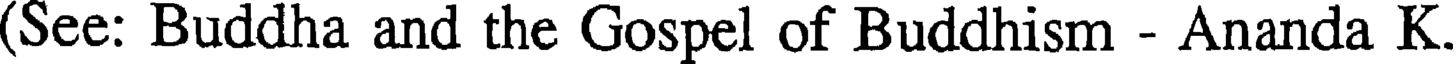
(See: Buddha and the Gospel of Buddhism - Ananda K.